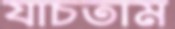
যাচতাম